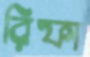
রিফা